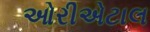
ઓરીએટાલ